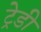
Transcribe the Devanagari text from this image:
ट्रेडी